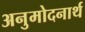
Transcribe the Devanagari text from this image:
अनुमोदनार्थ